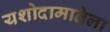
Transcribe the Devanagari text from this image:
यशोदामातेला